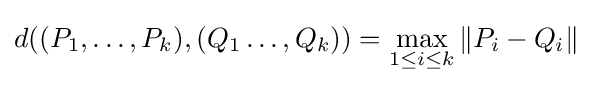
d((P_{1},\ldots ,P_{k}),(Q_{1}\ldots ,Q_{k}))=\max _{1\leq i\leq k}\|P_{i}-Q_{i}\|